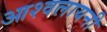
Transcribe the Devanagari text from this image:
आश्वलायनी